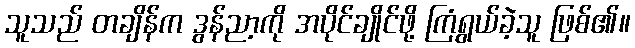
သူသည် တချိန်က ဒွန်ညာ့ကို အပိုင်ချိုင်ဖို့ ကြံရွယ်ခဲ့သူ ဖြစ်၏။